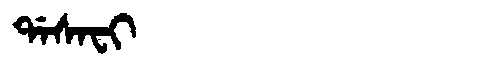
Manchu: ᡩᠠᠰᠠᠸᡳ
Romanization: DASAFI